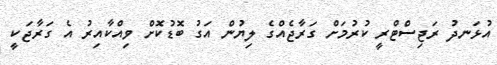
އުޅަނދު ރަޖިސްޓްރީ ކުރުމަށް ގަރާޖެއްގެ ލިޔުން އަގު ބޮޑުކޮށް ވިއްކާއިރު އެ ގަރާޖަކީ